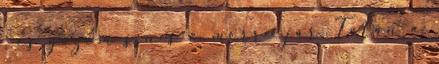
, és gőzöm sincs ő merre jár. Talán a